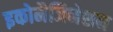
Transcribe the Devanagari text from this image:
इकोमैजिनेशन